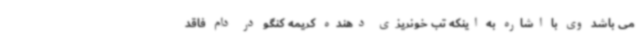
می باشد وی با اشاره به اینکه تب خونریزی دهنده کریمه کنگو در دام فاقد